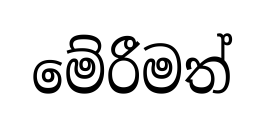
මේරීමත්